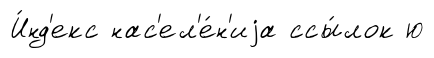
И́нд'екс нас'ел'е́н'иjа ссы́лок ю